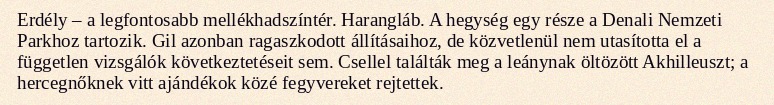
Erdély – a legfontosabb mellékhadszíntér. Harangláb. A hegység egy része a Denali Nemzeti Parkhoz tartozik. Gil azonban ragaszkodott állításaihoz, de közvetlenül nem utasította el a független vizsgálók következtetéseit sem. Csellel találták meg a leánynak öltözött Akhilleuszt; a hercegnőknek vitt ajándékok közé fegyvereket rejtettek.